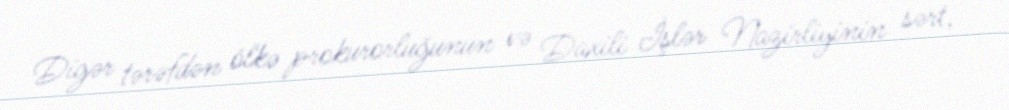
Digər tərəfdən ölkə prokurorluğunun və Daxili İşlər Nazirliyinin sərt,